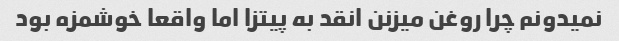
نمیدونم چرا روغن میزنن انقد به پیتزا اما واقعا خوشمزه بود